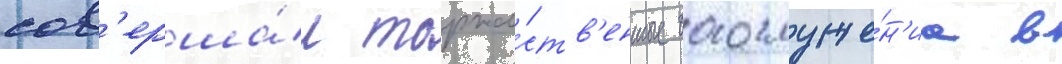
сов'ерша́л торже́ств'енные богослуже́н'иа в